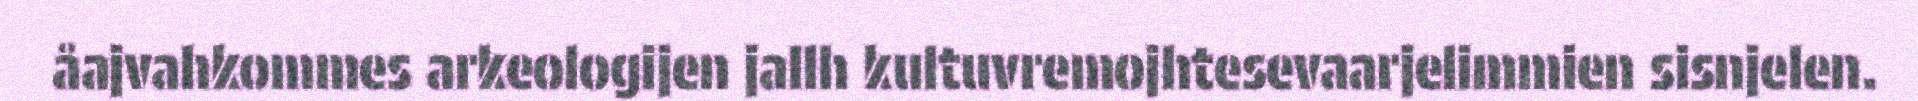
åajvahkommes arkeologijen jallh kultuvremojhtesevaarjelimmien sisnjelen.